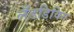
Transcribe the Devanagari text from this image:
लँडडिविग